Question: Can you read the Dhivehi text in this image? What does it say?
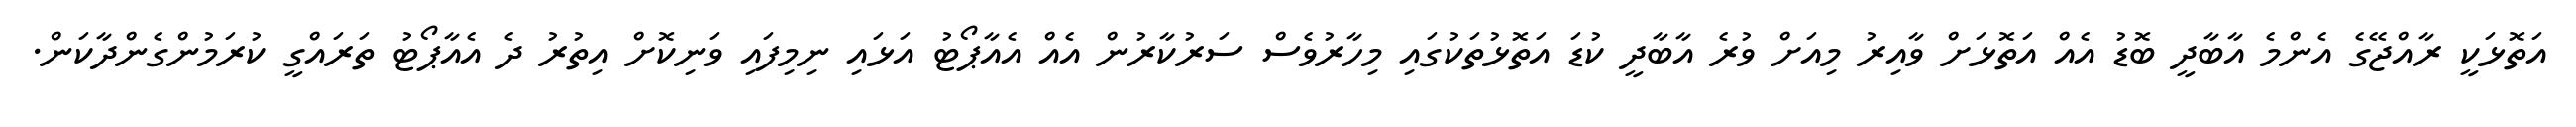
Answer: އަތޮޅަކީ ރާއްޖޭގެ އެންމެ އާބާދީ ބޮޑު އެއް އަތޮޅަށް ވާއިރު މިއަށް ވުރެ އާބާދީ ކުޑަ އަތޮޅުތަކުގައި މިހާރުވެސް ސަރުކާރުން އެއް އެއާޕޯޓު އަޅައި ނިމިފައި ވަނިކޮށް އިތުރު ދެ އެއާޕޯޓު ތަރައްގީ ކުރަމުންގެންދާކަން.